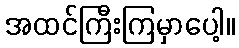
အထင်ကြီးကြမှာပေါ့။